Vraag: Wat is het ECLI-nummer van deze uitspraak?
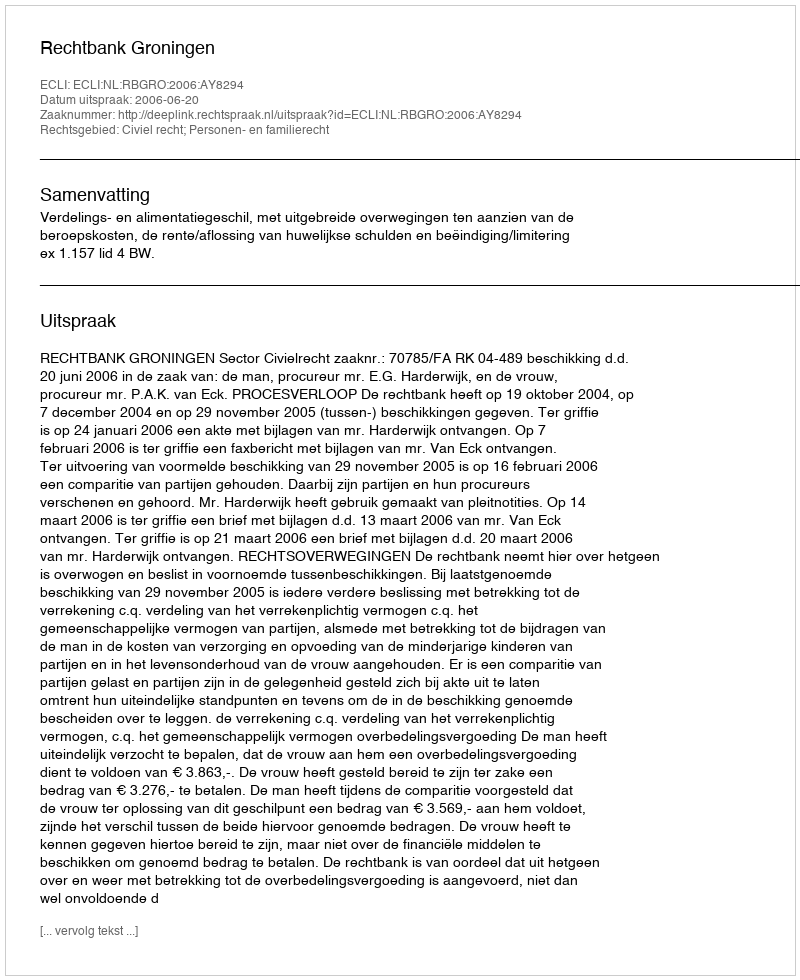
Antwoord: ECLI:NL:RBGRO:2006:AY8294